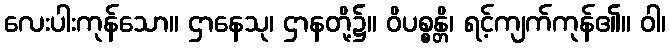
လေးပါးကုန်သော။ ဌာနေသု၊ ဌာနတို့၌။ ဝိပစ္စန္တိ၊ ရင့်ကျက်ကုန်၏။ ဝါ၊